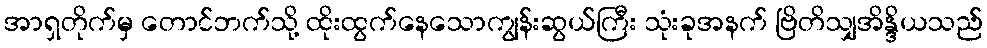
အာရှတိုက်မှ တောင်ဘက်သို့ ထိုးထွက်နေသောကျွန်းဆွယ်ကြီး သုံးခုအနက် ဗြိတိသျှအိန္ဒိယသည်